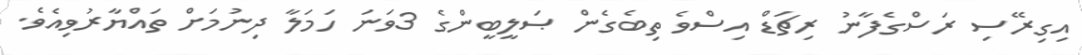
އިގިރޭސި ރަސްގެފާނު ރިޗަޑް އިސްވެ ތިބެގެން ޞަލީބީންގެ 3ވަނަ ހަމަލާ ދިނުމަށް ތައްޔާރުވިއެވެ.